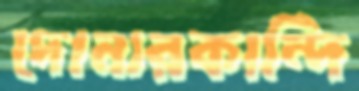
দোনারকান্দি